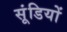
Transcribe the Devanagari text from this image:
सूंडियों